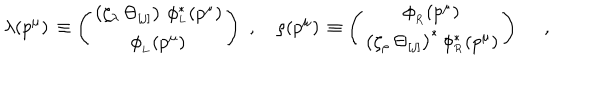
LaTeX: \lambda ( p ^ { \mu } ) \, \equiv \left( \begin{array} { c } { { \left( \zeta _ { \lambda } \, \Theta _ { [ j ] } \right) \, \phi _ { _ L } ^ { \ast } ( p ^ { \mu } ) } } \\ { { \phi _ { _ L } ( p ^ { \mu } ) } } \\ \end{array} \right) \, \, , \quad \rho ( p ^ { \mu } ) \, \equiv \left( \begin{array} { c } { { \phi _ { _ R } ( p ^ { \mu } ) } } \\ { { \left( \zeta _ { \rho } \, \Theta _ { [ j ] } \right) ^ { \ast } \, \phi _ { _ R } ^ { \ast } ( p ^ { \mu } ) } } \\ \end{array} \right) \, \, \quad ,